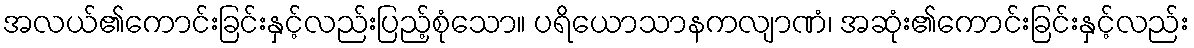
အလယ်၏ကောင်းခြင်းနှင့်လည်းပြည့်စုံသော။ ပရိယောသာနကလျာဏံ၊ အဆုံး၏ကောင်းခြင်းနှင့်လည်း